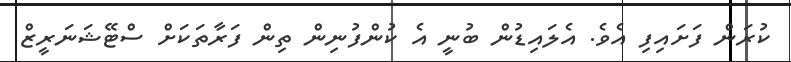
ކުރަން ފަށައިފި އެވެ. އެލައިޑުން ބުނީ އެ ކުންފުނިން ތިން ފަރާތަކަށް ސްޓޭޝަނަރީޒް